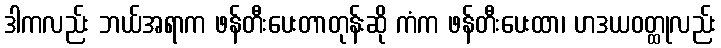
ဒါကလည်း ဘယ်အရာက ဖန်တီးပေးတာတုန်းဆို ကံက ဖန်တီးပေးထာ၊ ဟဒယဝတ္ထုလည်း